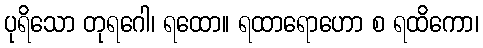
ပုရိသော တုရဂေါ၊ ရထော။ ရထာရောဟော စ ရထိကော၊